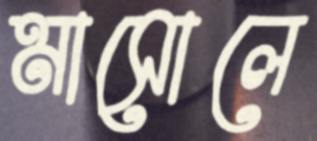
মাসোলে